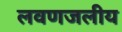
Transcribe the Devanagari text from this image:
लवणजलीय